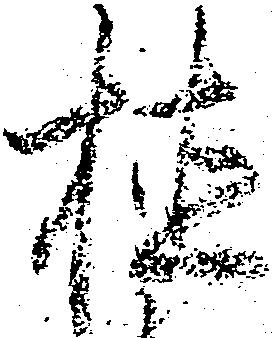
植